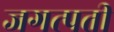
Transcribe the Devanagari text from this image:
जगत्पती